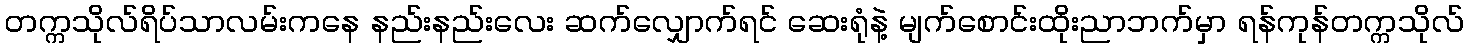
တက္ကသိုလ်ရိပ်သာလမ်းကနေ နည်းနည်းလေး ဆက်လျှောက်ရင် ဆေးရုံနဲ့ မျက်စောင်းထိုးညာဘက်မှာ ရန်ကုန်တက္ကသိုလ်